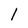
Character: l